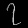
Digit: ၇